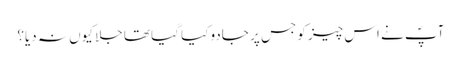
آپؐ نے اس چیز کو جس پر جادو کیا گیا تھا جلا کیوں نہ دیا؟